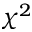
\chi ^ { 2 }